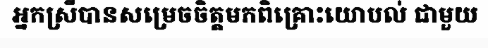
អ្នកស្រីបានសម្រេចចិត្តមកពិគ្រោះយោបល់ ជាមួយ